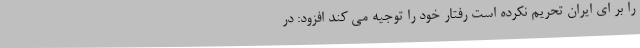
را بر ای ایران تحریم نکرده است رفتار خود را توجیه می کند افزود: در